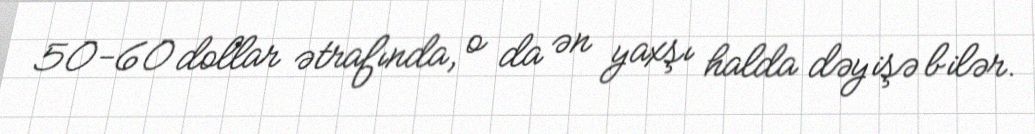
50-60 dollar ətrafında, o da ən yaxşı halda dəyişə bilər.